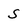
Character: s